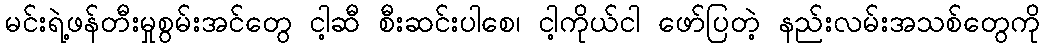
မင်းရဲ့ဖန်တီးမှုစွမ်းအင်တွေ ငါ့ဆီ စီးဆင်းပါစေ၊ ငါ့ကိုယ်ငါ ဖော်ပြတဲ့ နည်းလမ်းအသစ်တွေကို